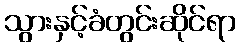
သွားနှင့်ခံတွင်းဆိုင်ရာ